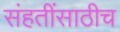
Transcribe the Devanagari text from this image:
संहतींसाठीच